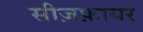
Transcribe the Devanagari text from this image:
सीज़फ़ायर